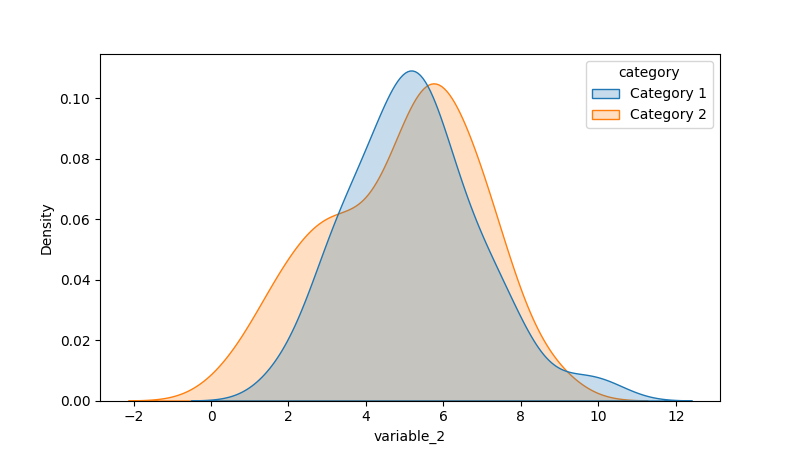
python, seaborn, kdeplot, hue='category', fill=True, bw_adjust=1.0